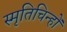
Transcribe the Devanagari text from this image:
स्मृतिचिन्हों